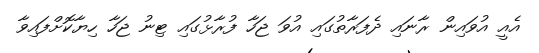
އެއީ އުވައިން ރާނައި ދެފަރާތުގައި އުވަ ޖަހާ ފުރާޅުގައި ޓިނު ޖަހާ ހިޔާކޮށްފައިވާ